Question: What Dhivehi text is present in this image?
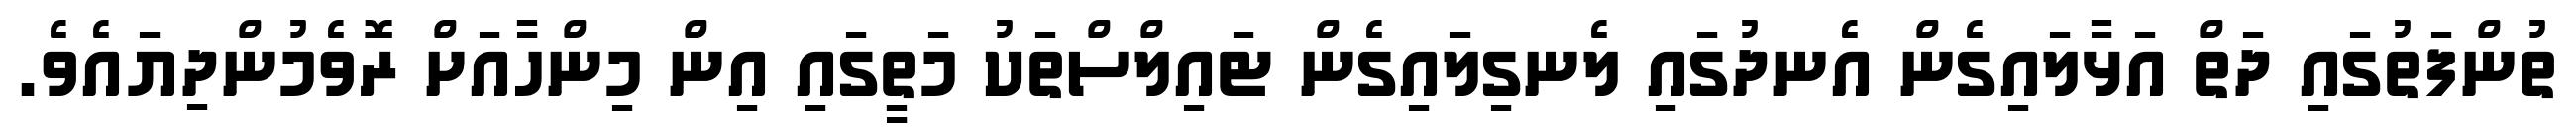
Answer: ތުންފަތުގައި ދަތް އަޅާލައިގެން އެނދުގައި ލެނގިލައިގެން ޓައިލްސްތަކު މަތީގައި އިން މިންހާއަށް ރޮވެމުންދިޔައެވެ.